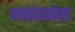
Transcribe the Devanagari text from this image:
ब्लाइंडफोल्ड